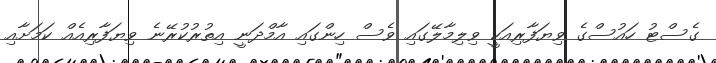
ގެސްޓު ހައުސްގެ ވިޔަފާރިއަކީ ވިލިމާލޭގައި ވެސް ހިންގައި އާމްދަނީ އިތުރުކުރޭނެ ވިޔަފާރިއެއް ކަމަށާއި